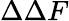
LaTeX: \Delta\Delta F